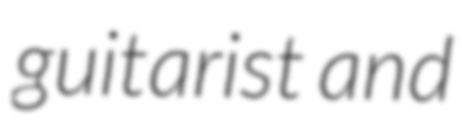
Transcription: guitarist and